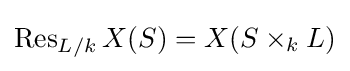
\operatorname {Res} _{L/k}X(S)=X(S\times _{k}L)